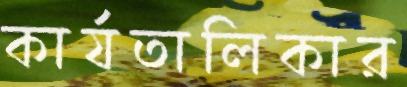
কার্যতালিকার